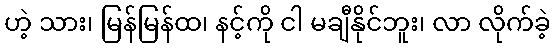
ဟဲ့ သား၊ မြန်မြန်ထ၊ နင့်ကို ငါ မချီနိုင်ဘူး၊ လာ လိုက်ခဲ့